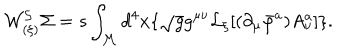
{ \cal W _ { ( \xi ) } ^ { S } } \Sigma = s \int _ { \cal M } d ^ { 4 } x \lbrace \sqrt { g } g ^ { \mu \nu } { \cal L } _ { \xi } \lbrack ( \partial _ { \mu } \bar { \varphi } ^ { a } ) A _ { \nu } ^ { a } \rbrack \rbrace .